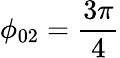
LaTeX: \phi_{02}=\frac{3\pi}{4}